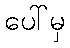
ပေါ်မှ